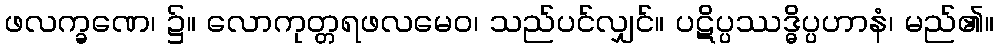
ဖလက္ခဏေ၊ ၌။ လောကုတ္တရဖလမေဝ၊ သည်ပင်လျှင်။ ပဋိပ္ပဿဒ္ဓိပ္ပဟာနံ၊ မည်၏။